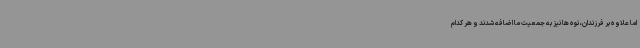
اما علاوه بر فرزندان، نوه ها نیز به جمعیت ما اضافه شدند و هر کدام